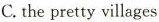
C.the pretty villages